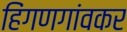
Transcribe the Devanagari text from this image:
हिंगणगांवकर